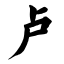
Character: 卢